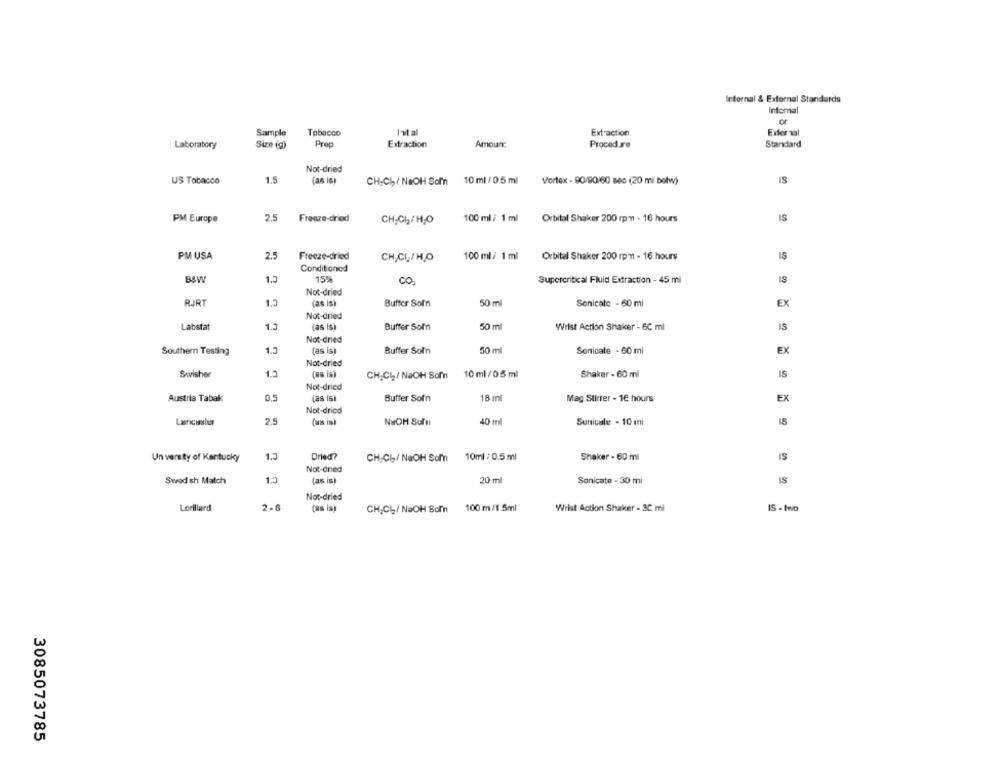
Internal & External Standards
Internal
Sample
Tobacco
Inital
Extraction
Eder al
Laboratory
Size (g)
Preg
Extraction
Amoun:
Procedure
Standard
Not-dried
US Tobacco
1.5
(as is)
CH-Ch/ NaOH Sof'n
10 ml / 0.5 ml
Vortex - 90/90/60 sec (20 mi belw)
IS
PM Europe
2.5
Freeze-dried
CH-CI2/HJO
100 ml / 1 ml
Orbital Shaker 200 rpm - 16 hours
IS
PM USA
2.5
Freeze-dried
CHĘCI,/H,O
100 ml / 1 ml
Orbital Shaker 200 rpm - 16 hours
IS
Conditioned
B&W
1.5
15%
CO.
Supercritical Fluid Extraction - 45 ml
IS
Not-dried
RJRT
1.5
(as isi
Buffer Soln
50 ml
Sonicato - 60 ml
EX
Not-dried
Labstat
1.3
[as Isi
Buffer Soln
50 ml
Wilst Action Shaker - 6C ml
IS
Not-dried
1.5
(as is)
Buffer Soln
50 ml
Sonicate - 60 ml
EX
Southern Testing
Not-dried
Swisher
1.5
10 ml / 0.5 ml
Shaker - 60 ml
IS
CHCI2/ NaOH Som'n
Not-dried
18 ml
Austria Tabak
0.5
(as isi
Buffer Soln
Mag Stirrer - 16 hours
EX
Not-dried
2.5
NEOH Sufu
40 ml
Sunivalet - 10 mi
IS
Un versity of Kentucky
1.3
Dried?
CH Cb/ NaOH Som 10ml / 0.5 ml
Shaker - 60 ml
IS
Not-dried
Swed sh Match
1.3
(as is)
20 ml
Sonicate - 30 mi
IS
Nor-dried
Lorillard
2-6
(as is)
CH,CI2/ NaOH Som'n
100 m/1.5ml
Wrist Action Shaker - 3C ml
IS - two
3085073785